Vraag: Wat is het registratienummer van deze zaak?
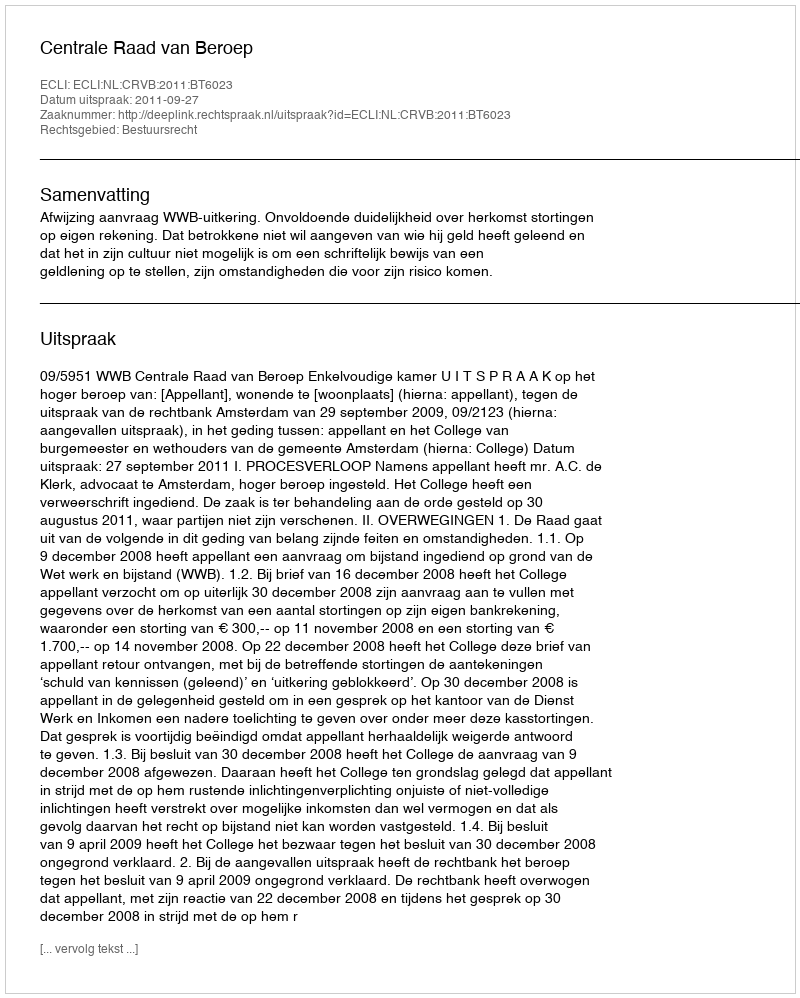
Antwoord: http://deeplink.rechtspraak.nl/uitspraak?id=ECLI:NL:CRVB:2011:BT6023